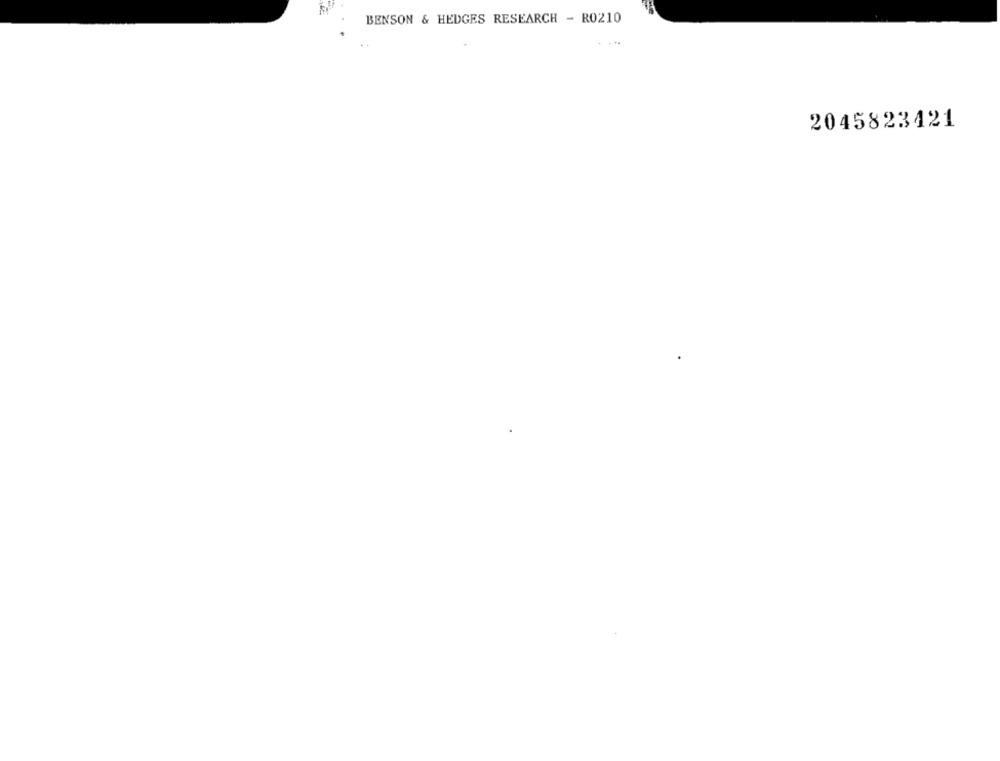
BENSON & HEDGES RESEARCH - RO210
2045823421